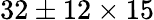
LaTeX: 32\pm 12\times 15